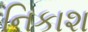
નિકાશ